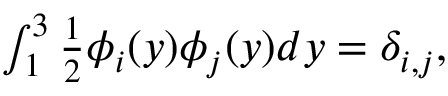
\begin{array} { r } { \int _ { 1 } ^ { 3 } \frac { 1 } { 2 } \phi _ { i } ( y ) \phi _ { j } ( y ) d y = \delta _ { i , j } , } \end{array}